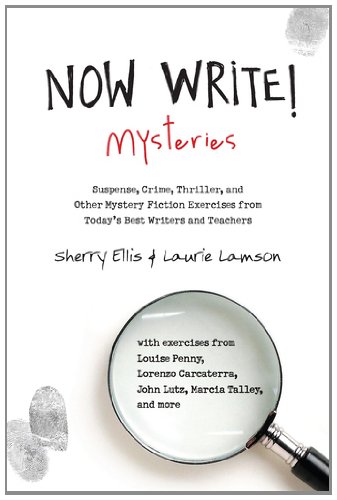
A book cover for Now Write! Mysteries: Suspense, Crime, Thriller, and Other Mystery Fiction Exercises from Today's Best  Writers and Teachers; Sherry Ellis; Mystery, Thriller & Suspense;